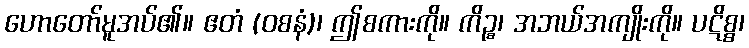
ဟောတော်မူအပ်၏။ ဧတံ (ဝစနံ)၊ ဤစကားကို။ ကိဉ္စ၊ အဘယ်အကျိုးကို။ ပဋိစ္စ၊